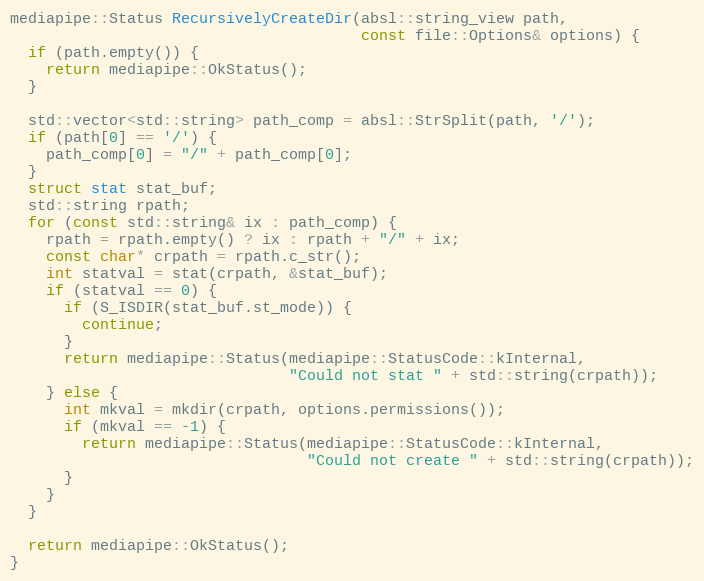
Language: C++
mediapipe::Status RecursivelyCreateDir(absl::string_view path,
                                       const file::Options& options) {
  if (path.empty()) {
    return mediapipe::OkStatus();
  }

  std::vector<std::string> path_comp = absl::StrSplit(path, '/');
  if (path[0] == '/') {
    path_comp[0] = "/" + path_comp[0];
  }
  struct stat stat_buf;
  std::string rpath;
  for (const std::string& ix : path_comp) {
    rpath = rpath.empty() ? ix : rpath + "/" + ix;
    const char* crpath = rpath.c_str();
    int statval = stat(crpath, &stat_buf);
    if (statval == 0) {
      if (S_ISDIR(stat_buf.st_mode)) {
        continue;
      }
      return mediapipe::Status(mediapipe::StatusCode::kInternal,
                               "Could not stat " + std::string(crpath));
    } else {
      int mkval = mkdir(crpath, options.permissions());
      if (mkval == -1) {
        return mediapipe::Status(mediapipe::StatusCode::kInternal,
                                 "Could not create " + std::string(crpath));
      }
    }
  }

  return mediapipe::OkStatus();
}